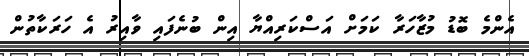
އެންމެ ބޮޑު މުޒާހަރާ ކަމަށް އަސްކަރިއްޔާ އިން ބުނެފައި ވާއިރު އެ ހަރަކާތުން